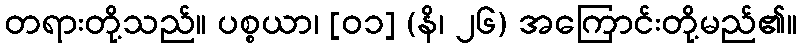
တရားတို့သည်။ ပစ္စယာ၊ [၀၁] (နိ၊ ၂၆) အကြောင်းတို့မည်၏။